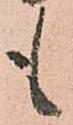
も